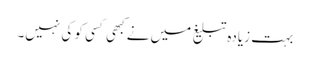
بہت زیادہ تبلیغ میں نے کبھی کسی کو کی نہیں۔